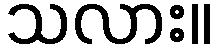
သလား။